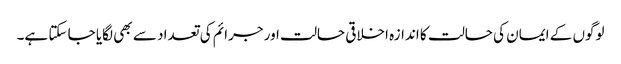
لوگوں کے ایمان کی حالت کا اندازہ اخلاقی حالت اور جرائم کی تعداد سے بھی لگایا جا سکتا ہے۔